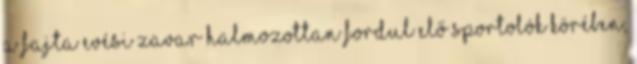
a fajta evési zavar halmozottan fordul elő sportolók körében,